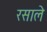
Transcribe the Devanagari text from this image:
रसाले